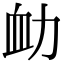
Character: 𧖩